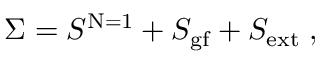
\Sigma = S ^ { \mathrm { N = 1 } } + S _ { \mathrm { g f } } + S _ { \mathrm { e x t } } \; ,